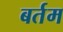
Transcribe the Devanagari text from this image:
बर्तम